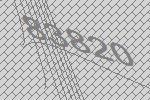
83820